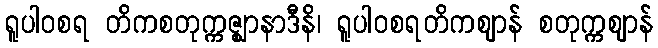
ရူပါဝစရ တိကစတုက္ကဇ္ဈာနာဒီနိ၊ ရူပါဝစရတိကဈာန် စတုက္ကဈာန်